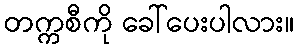
တက္ကစီကို ခေါ်ပေးပါလား။